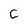
Character: C